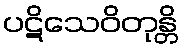
ပဋိသေဝိတုန္တိ